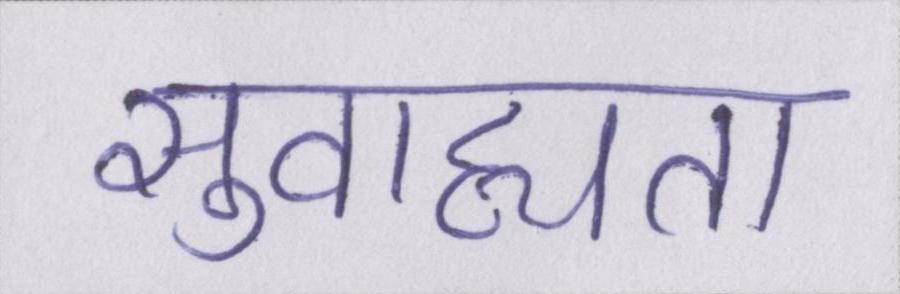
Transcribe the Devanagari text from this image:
सुवाह्यता